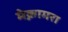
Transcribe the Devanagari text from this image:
मेक्नामरा